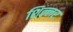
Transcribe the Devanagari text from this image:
शिल्लर